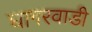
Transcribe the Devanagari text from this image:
घागरवाडी